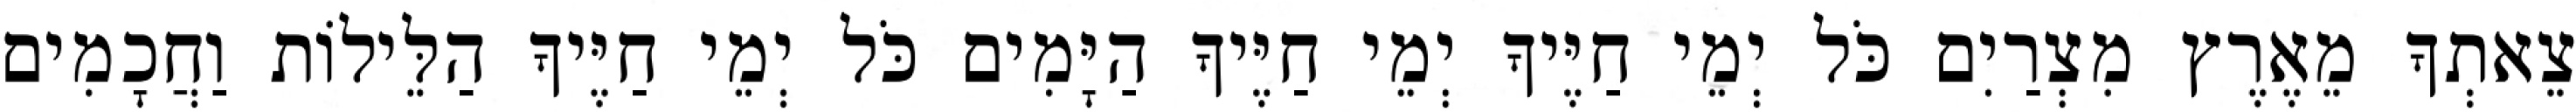
צֵאתְךָ מֵאֶרֶץ מִצְרַיִם כֹּל יְמֵי חַיֶּיךָ יְמֵי חַיֶּיךָ הַיָּמִים כֹּל יְמֵי חַיֶּיךָ הַלֵּילוֹת וַחֲכָמִים